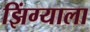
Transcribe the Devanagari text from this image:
झिंग्याला